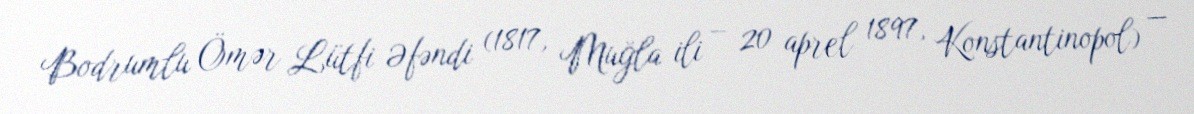
Bodrumlu Ömər Lütfi Əfəndi (1817, Muğla ili – 20 aprel 1897, Konstantinopol) —